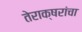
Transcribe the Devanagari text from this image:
तेराक्षरांचा